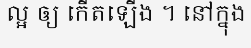
ល្អ ឲ្យ កើតឡើង ។ នៅក្នុង